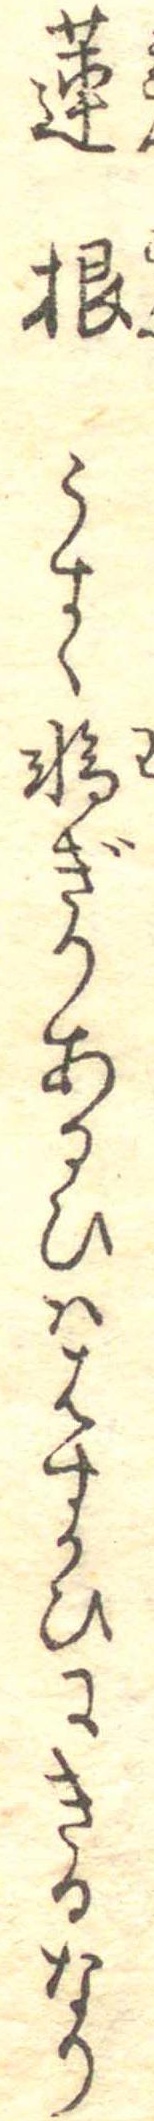
蓮根うすく輪ぎりあるひははすかひにきるなり